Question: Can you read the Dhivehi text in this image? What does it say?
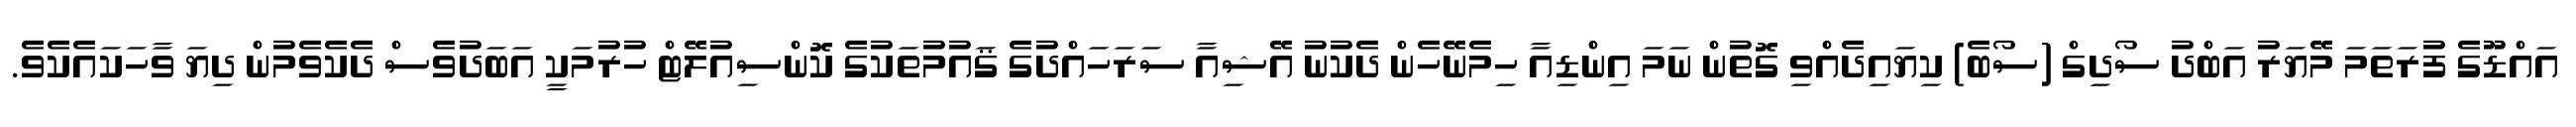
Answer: އައްޑޫގެ ފުރަތަމަ މޭޔަރު އަބްދު ސޯދިގް (ސޯބެ) ކިޔައިދެއްވި ގޮތުން ނަމަ އިންޑިއާ ހިމެނޭހެން ދެކުނު އޭޝިއާ ސަރަހައްދުގެ ޤައުމުތަކުގެ ކޮންސިއުލޭޓް ހުރުމަކީ އަބަދުވެސް ދެކެވެމުން ދިޔަ ވާހަކައެކެވެ.